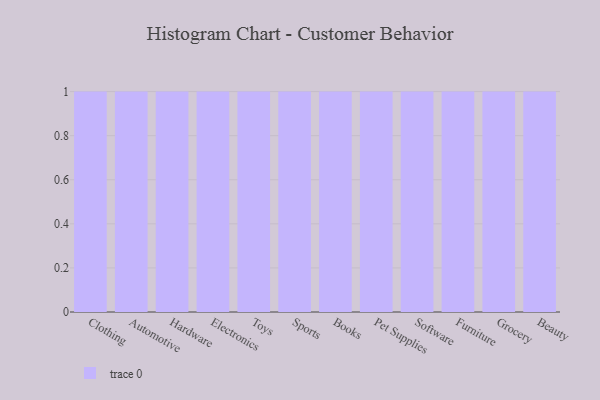
{"axis": {"x": "Category", "y": "Conversion Rate (%)"}, "legend": [""], "data": [{"x": "Clothing", "y": 42, "type": ""}, {"x": "Automotive", "y": 23, "type": ""}, {"x": "Hardware", "y": 22, "type": ""}, {"x": "Electronics", "y": 83, "type": ""}, {"x": "Toys", "y": 28, "type": ""}, {"x": "Sports", "y": 99, "type": ""}, {"x": "Books", "y": 1, "type": ""}, {"x": "Pet Supplies", "y": 33, "type": ""}, {"x": "Software", "y": 100, "type": ""}, {"x": "Furniture", "y": 16, "type": ""}, {"x": "Grocery", "y": 12, "type": ""}, {"x": "Beauty", "y": 8, "type": ""}]}